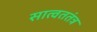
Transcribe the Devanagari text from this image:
सात्वततंत्र